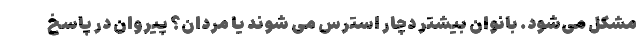
مشکل می‌شود. بانوان بیشتر دچار استرس می شوند یا مردان؟ پیروان در پاسخ